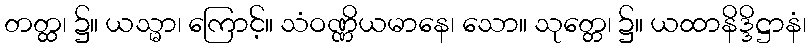
တတ္ထ၊ ၌။ ယသ္မာ၊ ကြောင့်။ သံဝဏ္ဏိယမာနေ၊ သော။ သုတ္တေ၊ ၌။ ယထာနိဒ္ဒိဋ္ဌာနံ၊